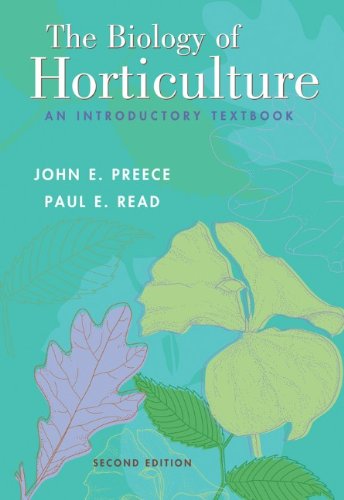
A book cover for The Biology of Horticulture: An Introductory Textbook; John E. Preece; Science & Math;